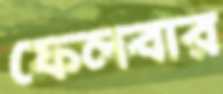
ফেলবার